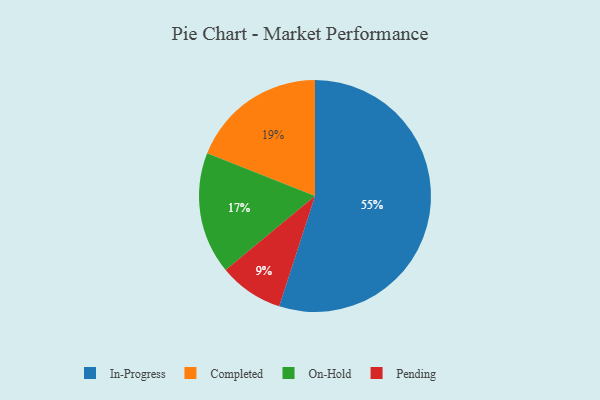
{"axis": {"x": "Category", "y": "Percentage"}, "legend": ["Completed", "In-Progress", "On-Hold", "Pending"], "data": [{"x": "In-Progress", "y": 55, "type": "In-Progress"}, {"x": "On-Hold", "y": 17, "type": "On-Hold"}, {"x": "Completed", "y": 19, "type": "Completed"}, {"x": "Pending", "y": 9, "type": "Pending"}]}